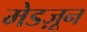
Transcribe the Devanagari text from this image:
मेडज़ून